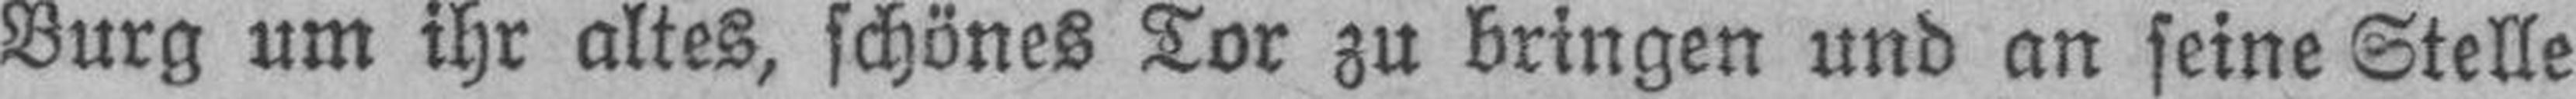
Burg um ihr altes, schönes Tor zu bringen und an seine Stelle